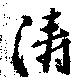
濤